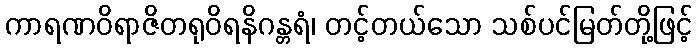
ကာရဏဝိရာဇိတရုဝိရနိဂန္တရံ၊ တင့်တယ်သော သစ်ပင်မြတ်တို့ဖြင့်